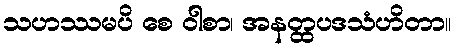
သဟဿမပိ စေ ဝါစာ၊ အနတ္ထပဒသံဟိတာ။